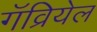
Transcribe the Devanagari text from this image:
गॅव्रियेल